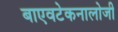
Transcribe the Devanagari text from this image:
बाएवटेकनालोजी